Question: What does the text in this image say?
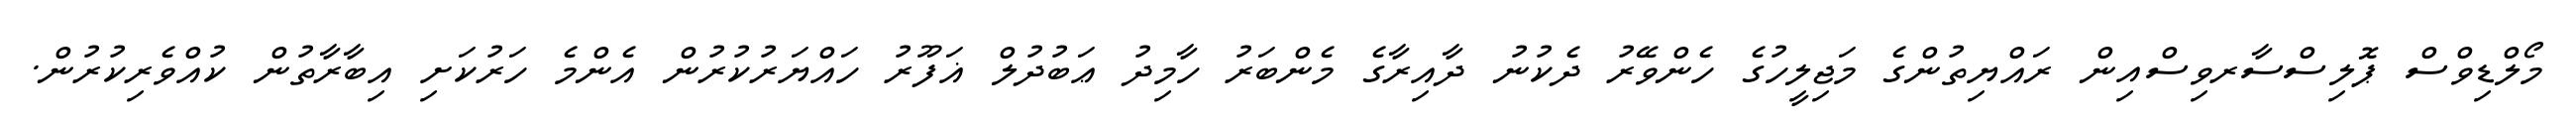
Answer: މޯލްޑިވްސް ޕޮލިސްސާރވިސްއިން ރައްޔިތުންގެ މަޖިލީހުގެ ހެންވޭރު ދެކުނު ދާއިރާގެ މެންބަރު ހާމިދު ޢަބުދުލް ޣަފޫރު ހައްޔަރުކުރުން އެންމެ ހަރުކަށި އިބާރާތުން ކުއްވެރިކުރުން.